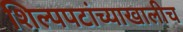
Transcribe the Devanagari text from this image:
शिल्पपटांच्याखालीच